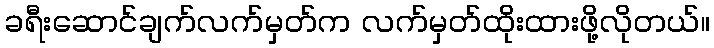
ခရီးဆောင်ချက်လက်မှတ်က လက်မှတ်ထိုးထားဖို့လိုတယ်။